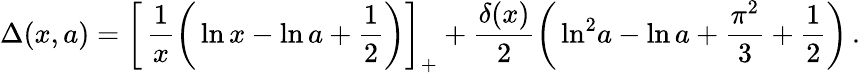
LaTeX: \Delta(x,a)=\left[\, \frac{1}{x}\bigg(\ln x-\ln a+\frac 12\bigg)\right]_{+}+\frac{\delta(x)}{2}\bigg(\ln^{2}\! a-\ln a+\frac{\pi^{2}}{3}+\frac 12\bigg)\, .